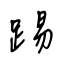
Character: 踢